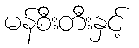
မန်စီးတီးနှင့်